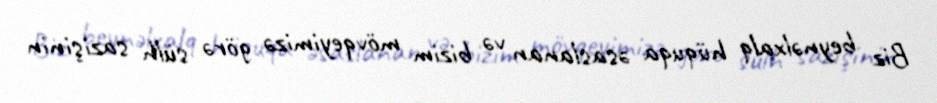
Biz beynəlxalq hüquqa əsaslanan və bizim mövqeyimizə görə sülh sazişinin